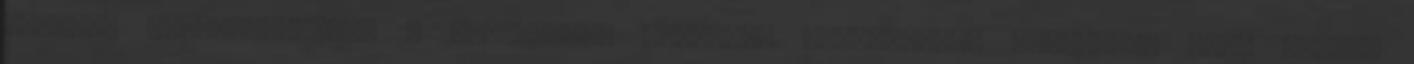
könnyen megfertőződhet a túlfőzött, iparilag előállított ételekből álló silány